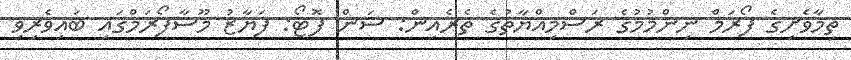
ތިމާވެށިގެ ފޯރަމް ނިންމުމުގެ ރަސްމިއްޔާތުގެ ތެރެއިން: ސަން ފޮޓޯ: ފަޔާޒު މޫސާފޯރަމްގައި ބައިވެރިވި